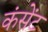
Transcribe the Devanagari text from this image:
कंसेंट